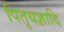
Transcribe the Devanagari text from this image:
पितृयज्ञादि